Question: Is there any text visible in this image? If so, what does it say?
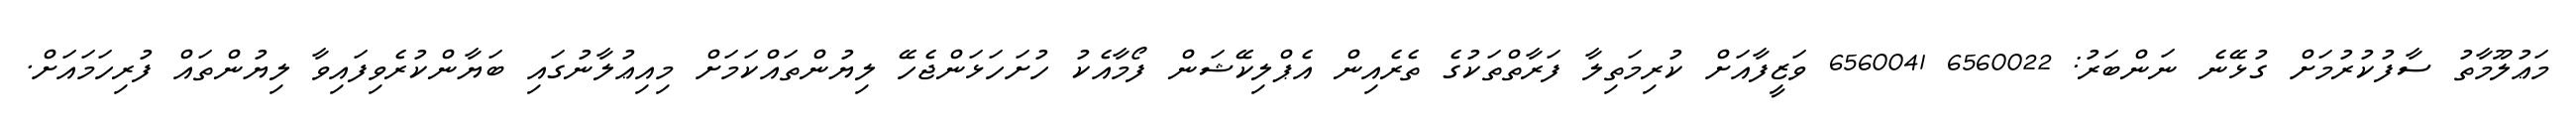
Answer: މަޢުލޫމާތު ސާފުކުރުމަށް ގުޅޭނެ ނަންބަރު: 6560022 6560041 ވަޒީފާއަށް ކުރިމަތިލާ ފަރާތްތަކުގެ ތެރެއިން އެޕްލިކޭޝަން ފޯމާއެކު ހުށަހަޅަންޖެހޭ ލިޔުންތައްކަމަށް މިއިޢުލާނުގައި ބަޔާންކުރެވިފައިވާ ލިޔުންތައް ފުރިހަމައަށް.